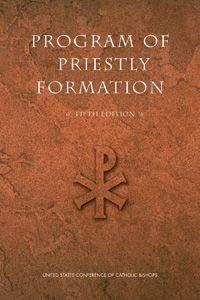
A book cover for Program of Priestly Formation; National Conference of Catholic Bishops; Christian Books & Bibles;